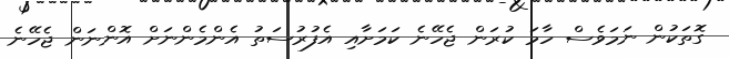
ގޮތަކުން ނަމަވެސް ހާމަ ކުރަން ޖެހޭނެ ކަމަށާއި އެފުރުސަތު އެންމެންނަށް އޮންނަން ޖެހޭނެ